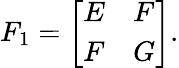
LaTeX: F_{1}={\left[\begin{array}{ll}{E}&{F}\\ {F}&{G}\end{array}\right]}.